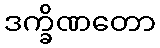
ဒက္ခိဏတော